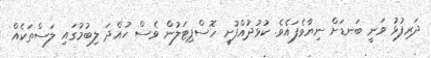
ދަރިފުޅު ވަނީ ބަނޑަށް ނިޔާވެފައެވެ. ކުޅުދުއްފުށީ ހޮސްޕިޓަލުން ވެސް ހުއްދަ ލިބުމުގައި ލަސްތަކެއް